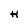
Character: H